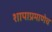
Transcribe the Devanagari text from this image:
शापाप्रमाणेच